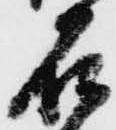
石